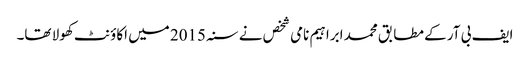
ایف بی آر کے مطابق محمد ابراہیم نامی شخص نے سنہ 2015 میں اکاؤنٹ کھولا تھا۔